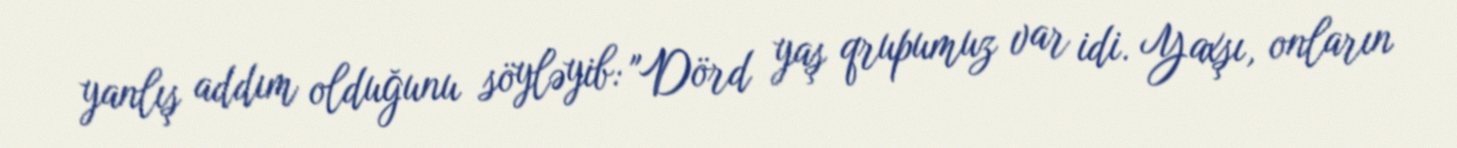
yanlış addım olduğunu söyləyib: "Dörd yaş qrupumuz var idi. Yaxşı, onların